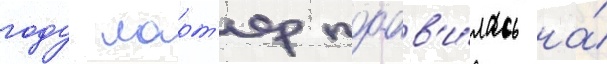
году ларт'ер поав'и́лась на́